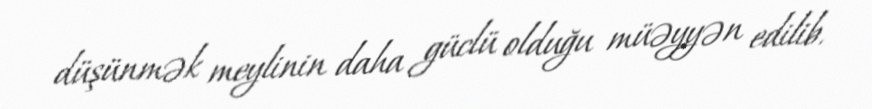
düşünmək meylinin daha güclü olduğu müəyyən edilib.